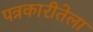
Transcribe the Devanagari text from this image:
पत्रकारीतेला